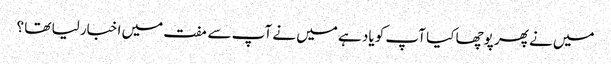
میں نے پھر پوچھا کیا آپ کو یاد ہے میں نے آپ سے مفت میں اخبار لیا تھا ؟